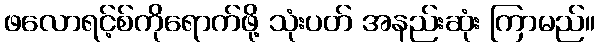
ဖလောရင့်စ်ကိုရောက်ဖို့ သုံးပတ် အနည်းဆုံး ကြာမည်။